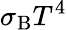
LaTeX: \sigma_{\mathrm{B}}T^{4}